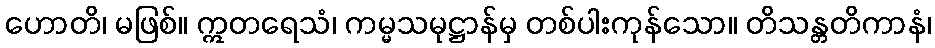
ဟောတိ၊ မဖြစ်။ ဣတရေသံ၊ ကမ္မသမုဋ္ဌာန်မှ တစ်ပါးကုန်သော။ တိသန္တတိကာနံ၊